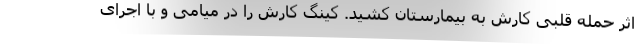
اثر حمله قلبی کارش به بیمارستان کشید. کینگ کارش را در میامی و با اجرای